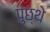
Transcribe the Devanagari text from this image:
पुछ्थे